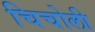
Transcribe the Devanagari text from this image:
चिचोली